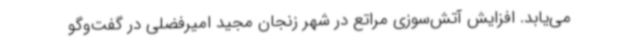
می‌یابد. افزایش آتش‌سوزی مراتع در شهر زنجان مجید امیرفضلی در گفت‌وگو